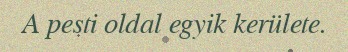
A pesti oldal egyik kerülete.